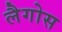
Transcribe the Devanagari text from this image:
लैगोस